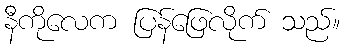
နီကိုလေက ပြန်ဖြေလိုက် သည်။